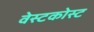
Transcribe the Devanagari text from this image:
वेस्टकोस्ट